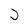
Character: J